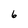
Character: 6